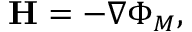
\mathbf { H } = - \nabla \Phi _ { M } ,